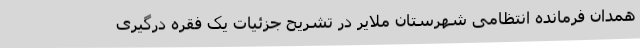
همدان فرمانده انتظامی شهرستان ملایر در تشریح جزئیات یک فقره درگیری